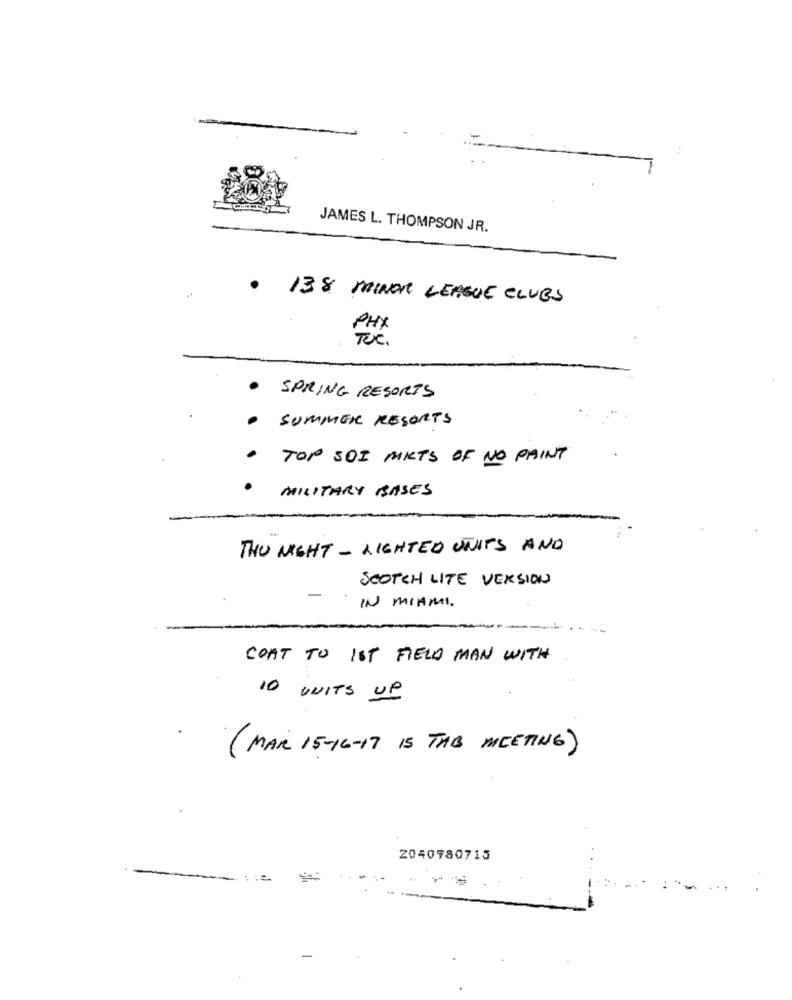
JAMES L. THOMPSON JR.
138 MINOR LEAGUE CLUBS
PHX
TUC.
SPRING RESORTS
SUMMER RESORTS
· TOP SOI MIKTS OF NO PAINT
MILITARY BASES
THU NIGHT - LIGHTED UNITS AND
SCOTCH LITE VERSION
-
IN MIAMI .
COAT TO IST FIELD MAN WITH
10 UNITS UP
(MAR 15-16-17 15 TAB MEETING)
2040780715